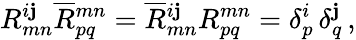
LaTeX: R_{mn}^{i\mathbf{j}}\overline{{{{R}}}}{}_{pq}^{mn}=\overline{{{{R}}}}{}_{mn}^{i\mathbf{j}}R_{pq}^{mn}=\delta_{p}^{i}\, \delta_{q}^{\mathbf{j}}\, ,